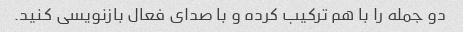
دو جمله را با هم ترکیب کرده و با صدای فعال بازنویسی کنید.